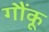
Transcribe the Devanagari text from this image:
गौंकू